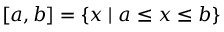
[ a , b ] = \{ x \mid a \leq x \leq b \}